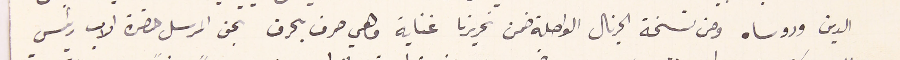
الدين وروساه ومن نسخة الجرنال الواصلة ضمن تحريرنا غناية وهي حرف بحرف بحق المرسل حضرة الاب رئيس